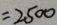
= 2 5 0 0